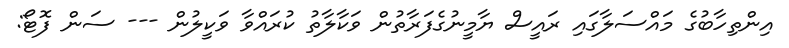
އިންތިހާބުގެ މައްސަލާގައި ރައީސް ޔާމީނުގެފަރާތުން ވަކާލާތު ކުރައްވާ ވަކީލުން --- ސަން ފޮޓޯ: